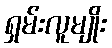
ရှမ်းလူမျိုး